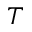
T